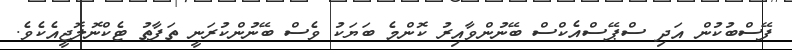
ފޭސްބުކުން އަދި ސްޕޭސްއެކްސް ބޭނުންވާއިރު ކޮންމެ ބަޔަކު ވެސް ބޭނުންކުރަނީ ތަފާތު ޓެކްނޮލޮޖީއެކެވެ.